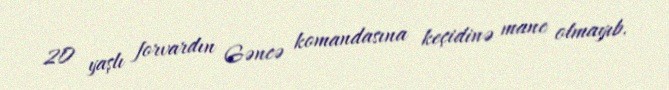
20 yaşlı forvardın Gəncə komandasına keçidinə mane olmayıb.